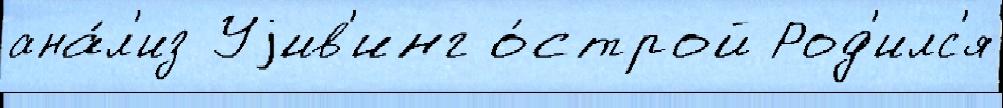
ана́л'из Уjив'инг о́строй Род'илс'я